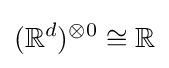
(\mathbb {R} ^{d})^{\otimes 0}\cong \mathbb {R}